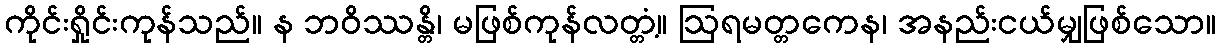
ကိုင်းရှိုင်းကုန်သည်။ န ဘဝိဿန္တိ၊ မဖြစ်ကုန်လတ္တံ့။ ဩရမတ္တကေန၊ အနည်းငယ်မျှဖြစ်သော။